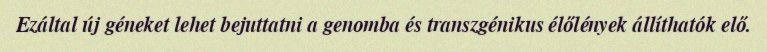
Ezáltal új géneket lehet bejuttatni a genomba és transzgénikus élőlények állíthatók elő.